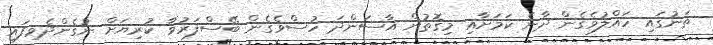
ތަނުގައި ހައްލުވެގެން ދާނެ ކަމަށާއި މިގޮތުން އާސަންދަ ހުސްވެގެން ބޭސްފަރުވާ ކުރިޔަށް ނުގެންދެވިފައި